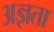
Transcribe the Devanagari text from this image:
अज्ञता